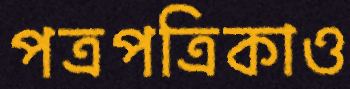
পত্রপত্রিকাও